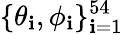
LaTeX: \{ \theta_{\mathbf{i}},\phi_{\mathbf{i}}\} _{\mathbf{i}=1}^{54}